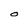
Character: 0